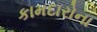
કામદારોના